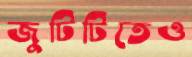
জুটিটিতেও